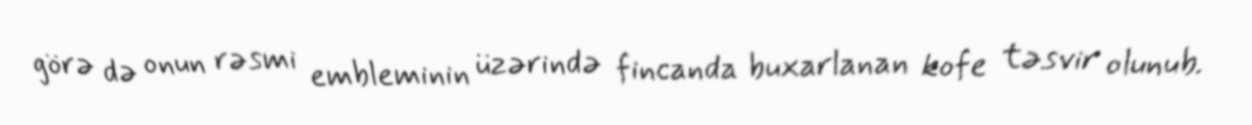
görə də onun rəsmi embleminin üzərində fincanda buxarlanan kofe təsvir olunub.